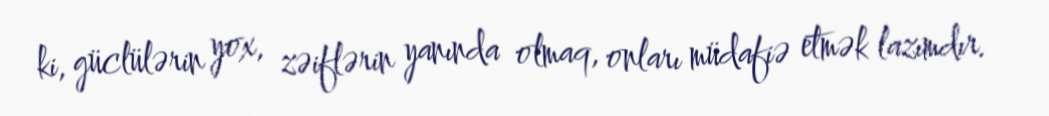
ki, güclülərin yox, zəiflərin yanında olmaq, onları müdafiə etmək lazımdır.